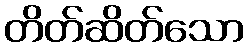
တိတ်ဆိတ်သော